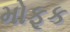
મોફૂક